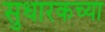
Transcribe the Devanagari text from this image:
सुधारकच्या